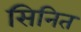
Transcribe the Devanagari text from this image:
सिनित